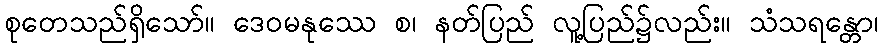
စုတေသည်ရှိသော်။ ဒေဝမနုဿေ စ၊ နတ်ပြည် လူ့ပြည်၌လည်း။ သံသရန္တော၊